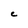
Character: C